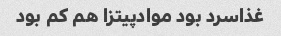
غذاسرد بود موادپیتزا هم کم بود